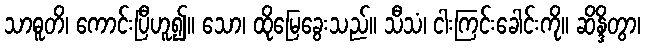
သာဓူတိ၊ ကောင်းပြီဟူ၍။ သော၊ ထိုမြေခွေးသည်။ သီသံ၊ ငါးကြင်းခေါင်းကို။ ဆိန္ဒိတွာ၊